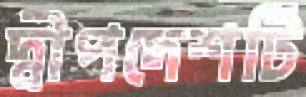
দ্বীপদেশটি